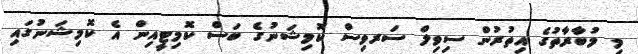
މި މުބާރާތުގެ އިތުރުން ސިވިލް ސަރވިސް ކޮމިޝަނުގެ ބަސް ކޮމިޓީއިން އެ ކޮމިޝަނުގައި